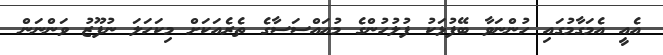
އެއީ އެމަގާމުގައި ހުންނަވާ ބޭފުޅަކު ފުލުހުންގެ މުއައްސަސާގެ ތެރެއަކަށް މިކަހަލަ ނުފޫޒު ވަންނަން